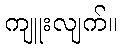
ကျူးလျက်။